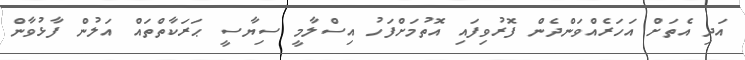
އަދި އެތަށް އަހަރެއްވަންދެން ފޮރުވިފައި އޮތުމަށްފަހު އިސްލާމީ ސިޔާސީ ޙަރަކާތްތައް އަލުން ފާޅުވާން